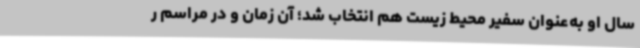
سال او به‌عنوان سفیر محیط زیست هم انتخاب شد؛ آن زمان و در مراسم ر